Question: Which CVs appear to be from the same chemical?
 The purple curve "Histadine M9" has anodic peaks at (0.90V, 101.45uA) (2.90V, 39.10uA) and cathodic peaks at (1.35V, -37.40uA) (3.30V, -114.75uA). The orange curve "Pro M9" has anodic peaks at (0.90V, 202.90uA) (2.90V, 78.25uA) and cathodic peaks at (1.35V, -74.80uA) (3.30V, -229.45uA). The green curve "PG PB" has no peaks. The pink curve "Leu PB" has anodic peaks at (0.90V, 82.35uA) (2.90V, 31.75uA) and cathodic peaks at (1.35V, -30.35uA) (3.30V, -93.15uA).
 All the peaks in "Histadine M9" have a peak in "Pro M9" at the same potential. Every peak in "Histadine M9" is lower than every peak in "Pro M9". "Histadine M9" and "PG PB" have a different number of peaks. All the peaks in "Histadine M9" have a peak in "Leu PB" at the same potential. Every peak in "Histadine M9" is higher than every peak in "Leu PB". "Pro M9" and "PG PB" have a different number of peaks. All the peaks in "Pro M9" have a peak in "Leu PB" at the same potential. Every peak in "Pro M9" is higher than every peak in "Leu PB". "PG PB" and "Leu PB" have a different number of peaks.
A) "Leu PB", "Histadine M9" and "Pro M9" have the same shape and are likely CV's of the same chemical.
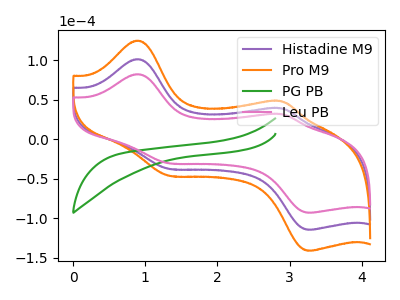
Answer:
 <answer>A) "Leu PB", "Histadine M9" and "Pro M9" have the same shape and are likely CV's of the same chemical.</answer>
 <eval>A</eval>